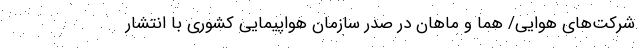
شرکت‌های هوایی/ هما و ماهان در صدر سازمان هواپیمایی کشوری با انتشار